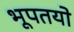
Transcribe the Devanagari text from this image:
भूपतयो